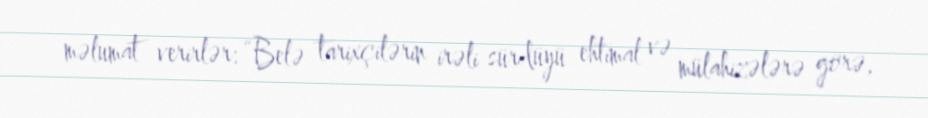
məlumat verirlər: “Belə tarixçilərin irəli sürdüyü ehtimal və mülahizələrə görə,